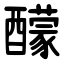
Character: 䤓